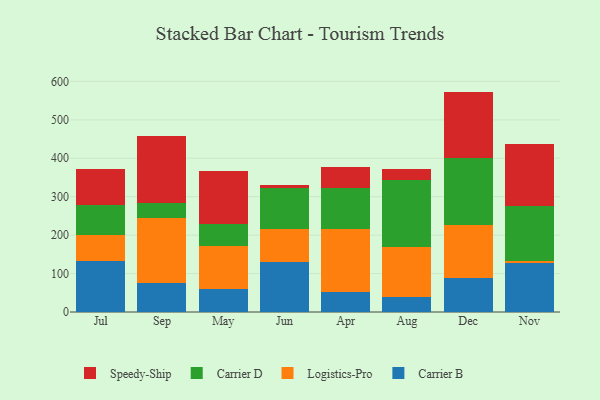
{"axis": {"x": "Month", "y": "Bounce Rate (%)"}, "legend": ["Carrier B", "Carrier D", "Logistics-Pro", "Speedy-Ship"], "data": [{"x": "Jul", "y": 133.2, "type": "Carrier B"}, {"x": "Jul", "y": 65.9, "type": "Logistics-Pro"}, {"x": "Jul", "y": 78.5, "type": "Carrier D"}, {"x": "Jul", "y": 93.3, "type": "Speedy-Ship"}, {"x": "Sep", "y": 74.5, "type": "Carrier B"}, {"x": "Sep", "y": 170.7, "type": "Logistics-Pro"}, {"x": "Sep", "y": 39.7, "type": "Carrier D"}, {"x": "Sep", "y": 172.8, "type": "Speedy-Ship"}, {"x": "May", "y": 60.0, "type": "Carrier B"}, {"x": "May", "y": 112.9, "type": "Logistics-Pro"}, {"x": "May", "y": 55.5, "type": "Carrier D"}, {"x": "May", "y": 138.1, "type": "Speedy-Ship"}, {"x": "Jun", "y": 130.8, "type": "Carrier B"}, {"x": "Jun", "y": 84.8, "type": "Logistics-Pro"}, {"x": "Jun", "y": 107.3, "type": "Carrier D"}, {"x": "Jun", "y": 7.0, "type": "Speedy-Ship"}, {"x": "Apr", "y": 52.0, "type": "Carrier B"}, {"x": "Apr", "y": 163.3, "type": "Logistics-Pro"}, {"x": "Apr", "y": 107.3, "type": "Carrier D"}, {"x": "Apr", "y": 54.6, "type": "Speedy-Ship"}, {"x": "Aug", "y": 39.9, "type": "Carrier B"}, {"x": "Aug", "y": 128.6, "type": "Logistics-Pro"}, {"x": "Aug", "y": 176.0, "type": "Carrier D"}, {"x": "Aug", "y": 28.2, "type": "Speedy-Ship"}, {"x": "Dec", "y": 89.6, "type": "Carrier B"}, {"x": "Dec", "y": 137.0, "type": "Logistics-Pro"}, {"x": "Dec", "y": 174.4, "type": "Carrier D"}, {"x": "Dec", "y": 172.5, "type": "Speedy-Ship"}, {"x": "Nov", "y": 126.4, "type": "Carrier B"}, {"x": "Nov", "y": 5.4, "type": "Logistics-Pro"}, {"x": "Nov", "y": 143.3, "type": "Carrier D"}, {"x": "Nov", "y": 163.2, "type": "Speedy-Ship"}]}